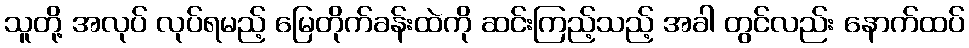
သူတို့ အလုပ် လုပ်ရမည့် မြေတိုက်ခန်းထဲကို ဆင်းကြည့်သည့် အခါ တွင်လည်း နောက်ထပ်